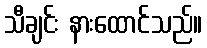
သီချင်း နားထောင်သည်။